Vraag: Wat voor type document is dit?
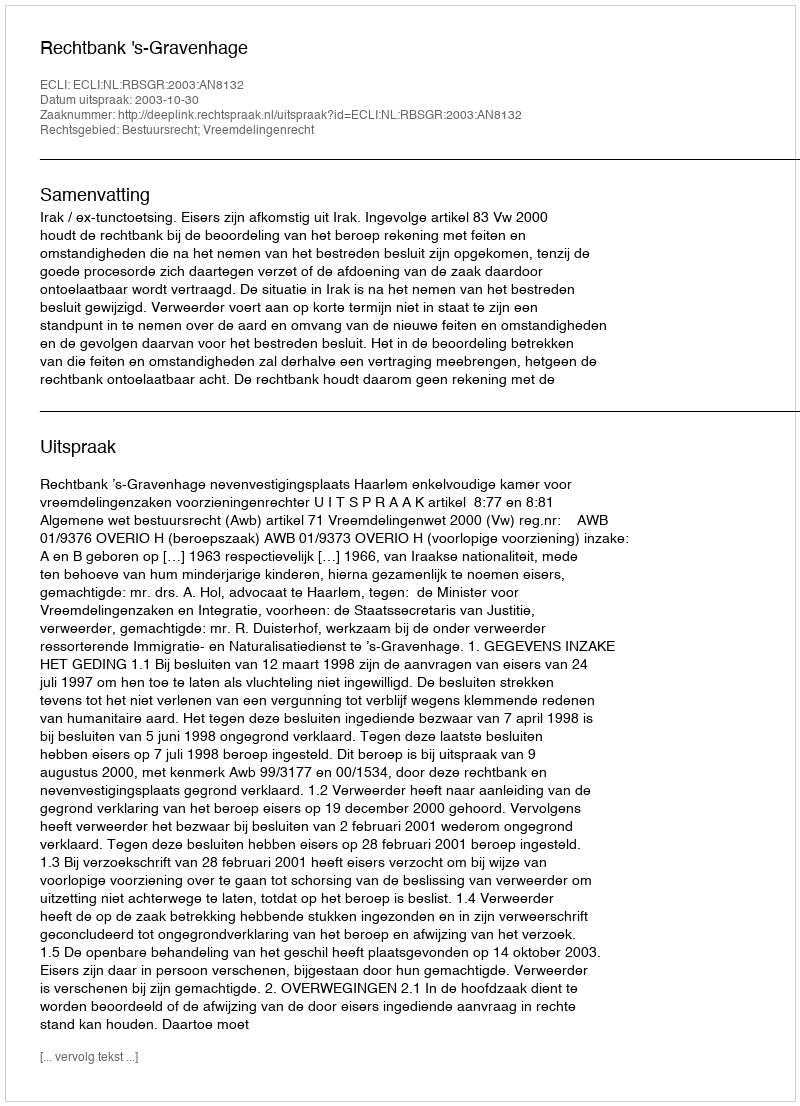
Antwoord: Uitspraak